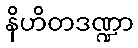
နိဟိတဒဏ္ဍာ